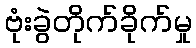
ဗုံးခွဲတိုက်ခိုက်မှု